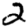
Digit: 2